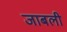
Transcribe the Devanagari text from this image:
जाबली